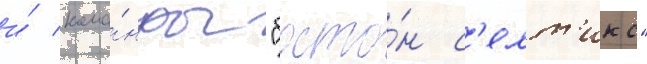
и́ кома́нды "босто́н с'елт'икс"